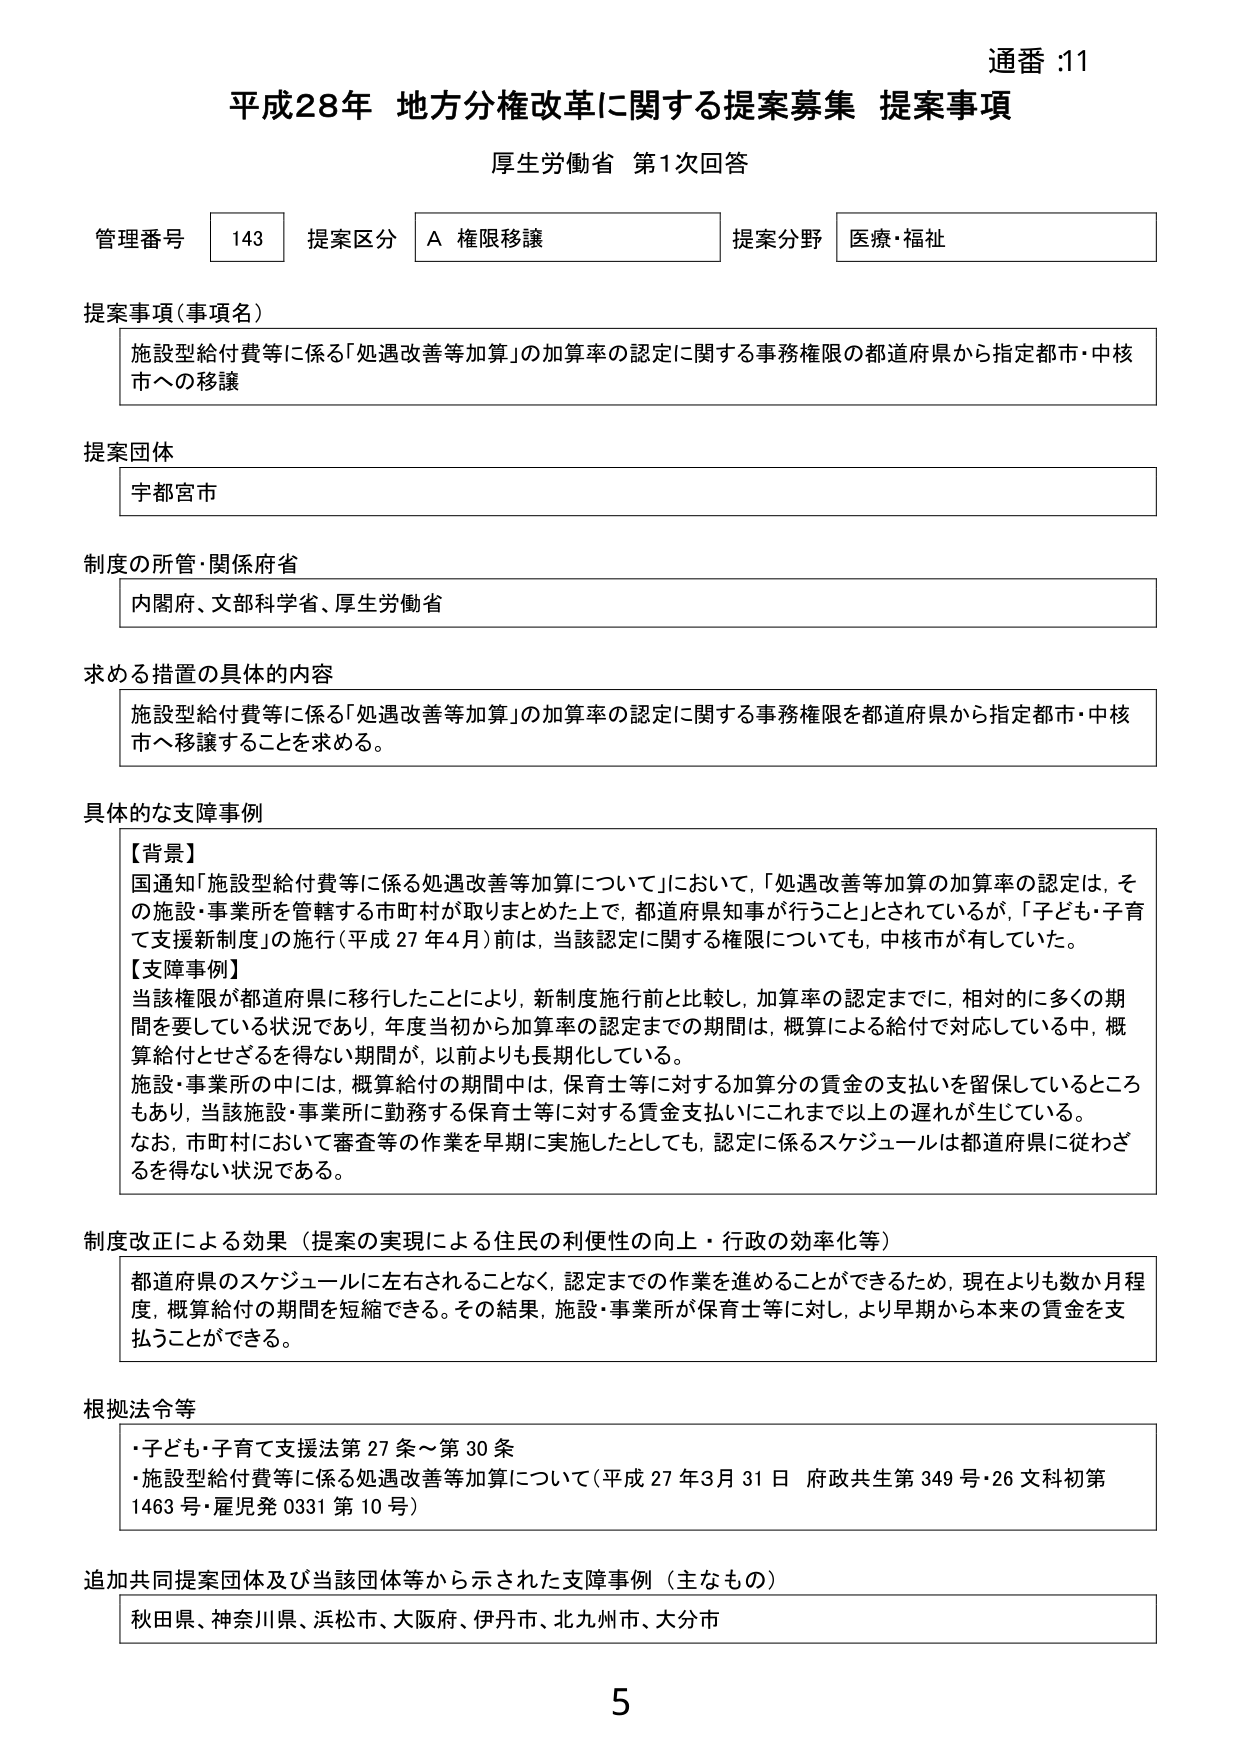
通番 :11
平成28年 地方分権改革に関する提案募集 提案事項
厚生労働省 第1次回答

管理番号 143 提案区分 A 権限移譲 提案分野 医療・福祉

提案事項（事項名）
施設型給付費等に係る「処遇改善等加算」の加算率の認定に関する事務権限の都道府県から指定都市・中核市への移譲

提案団体
宇都宮市

制度の所管・関係府省
内閣府、文部科学省、厚生労働省

求める措置の具体的内容
施設型給付費等に係る「処遇改善等加算」の加算率の認定に関する事務権限を都道府県から指定都市・中核市へ移譲することを求める。

具体的な支障事例
【背景】
国通知「施設型給付費等に係る処遇改善等加算について」において、「処遇改善等加算の加算率の認定は、その施設・事業所を管轄する市町村が取りまとめた上で、都道府県知事が行うこと」とされているが、「子ども・子育て支援新制度」の施行（平成27年4月）前は、当該認定に関する権限についても、中核市が有していた。
【支障事例】
当該権限が都道府県に移行したことにより、新制度施行前と比較し、加算率の認定までに、相対的に多くの期間を要している状況であり、年度当初から加算率の認定までの期間は、概算による給付で対応している中、概算給付とせざるを得ない期間が、以前よりも長期化している。
施設・事業所の中には、概算給付の期間中は、保育士等に対する加算分の賃金の支払いを留保しているところもあり、当該施設・事業所に勤務する保育士等に対する賃金支払いにこれまで以上の遅れが生じている。
なお、市町村において審査等の作業を早期に実施したとしても、認定に係るスケジュールは都道府県に従わざるを得ない状況である。

制度改正による効果（提案の実現による住民の利便性の向上・行政の効率化等）
都道府県のスケジュールに左右されることなく、認定までの作業を進めることができるため、現在よりも数か月程度、概算給付の期間を短縮できる。その結果、施設・事業所が保育士等に対し、より早期から本来の賃金を支払うことができる。

根拠法令等
・子ども・子育て支援法第27条～第30条
・施設型給付費等に係る処遇改善等加算について（平成27年3月31日 府政共生第349号・26文科初第1463号・雇児発0331第10号）

追加共同提案団体及び当該団体等から示された支障事例（主なもの）
秋田県、神奈川県、浜松市、大阪府、伊丹市、北九州市、大分市

5